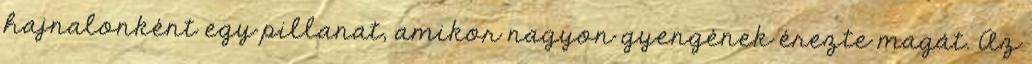
hajnalonként egy pillanat, amikor nagyon gyengének érezte magát. Az